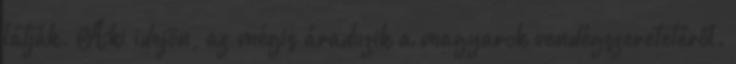
látják. Aki idejön, az mégis áradozik a magyarok vendégszeretetéről.